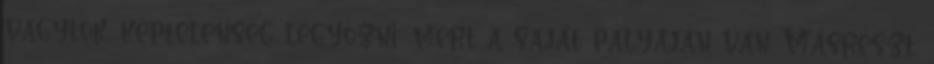
vagytok, képtelenség legyőzni; mert a saját pályáján van. Másrészt,